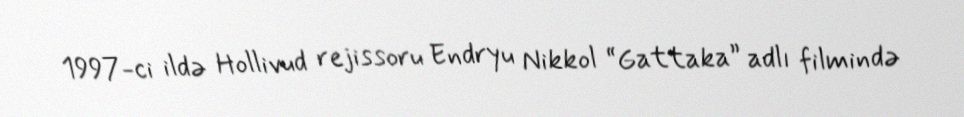
1997-ci ildə Hollivud rejissoru Endryu Nikkol “Gattaka” adlı filmində